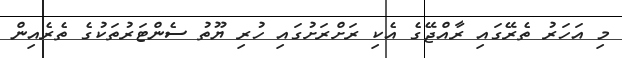
މި އަހަރު ތެރޭގައި ރާއްޖޭގެ އެކި ރަށްރަށުގައި ހުރި ޔޫތު ސެންޓަރުތަކުގެ ތެރެއިން